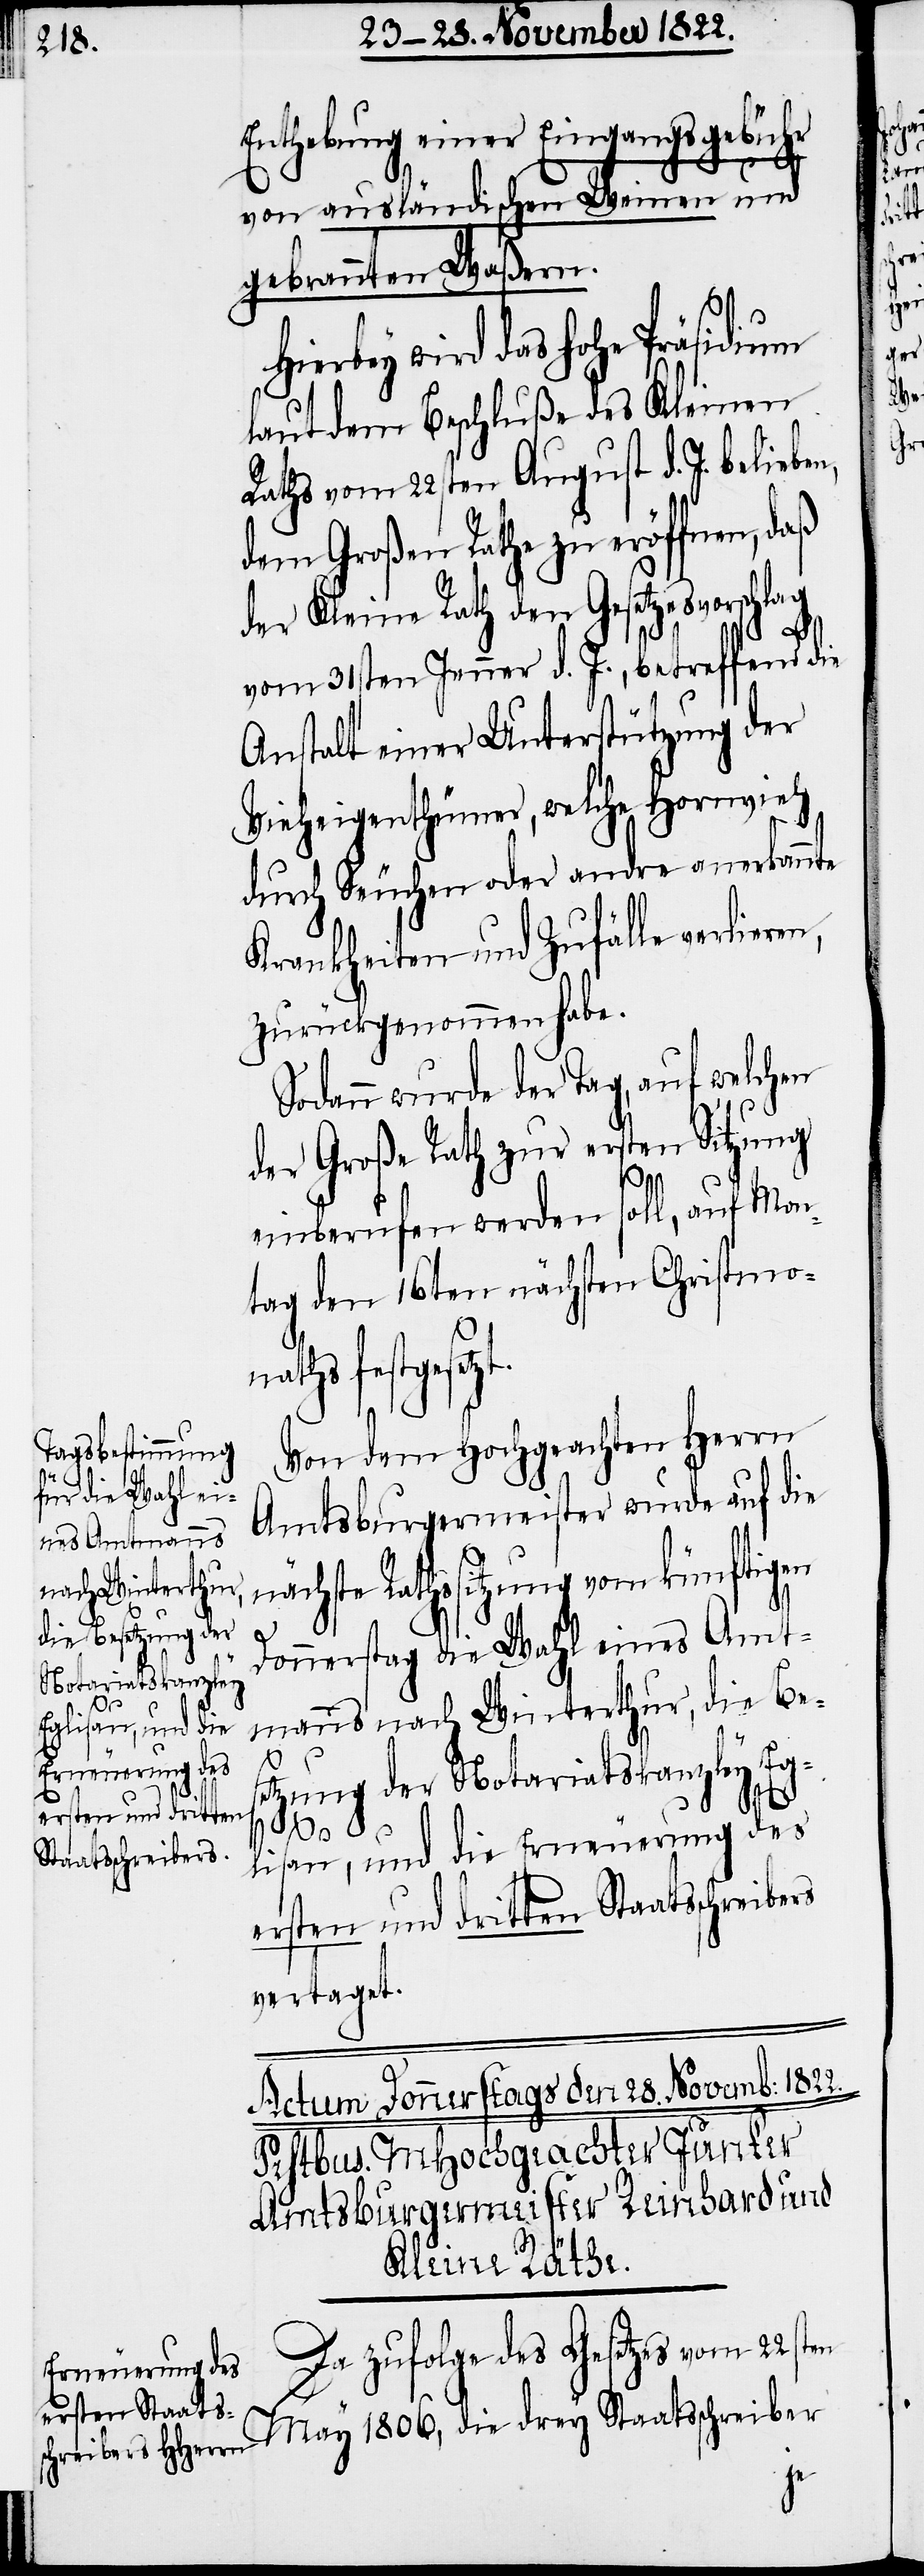
Enthebung einer Eingangsgebühr
von ausländischen Weinen und
gebrannten Waßern.
Hierbey wird das hohe Präsidium
laut dem Beschluße des Kleinen
Raths vom 22sten August d. J. belieben,
dem Großen Rathe zu eröffnen, daß
der Kleine Rath den Gesetzesvorschlag
vom 31sten Jenner d. J., betreffend die
Anstalt einer Unterstützung der
Vieheigenthümer, welche Hornvieh
durch Seuchen oder andre anerkannte
Krankheiten und Zufälle verlieren,
zurückgenommen habe.
Sodann wurde der Tag, auf welchen
der Große Rath zur ersten Sitzung
einberufen werden soll, auf Mon¬
tag den 16ten nächsten Christmo¬
nath festgesetz¬
Von dem Hochgeachten Herrn
Amtsburgermeister wurde auf die
nächste Rathssitzung vom künftigen
nach Winterthur,
die Besetzung der
Donnerstag die Wahl eines Amt¬
Notariatskanzley
drey
Eglisau, und die
May
ersten und dritten
Staatsschreiber
vertaget.
Da zufolge des Gesetzes vom 22sten
Erneuerung des

die